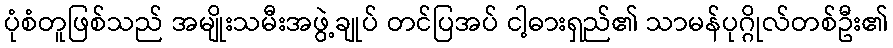
ပုံစံတူဖြစ်သည် အမျိုးသမီးအဖွဲ့ချုပ် တင်ပြအပ် ငါ့ဓားရှည်၏ သာမန်ပုဂ္ဂိုလ်တစ်ဦး၏